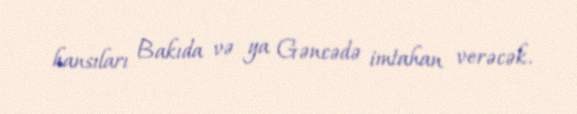
hansıları Bakıda və ya Gəncədə imtahan verəcək.